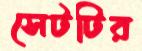
সেটটির